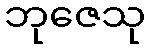
ဘုဇေသု